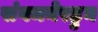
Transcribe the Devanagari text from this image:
संगमनेरहुन